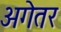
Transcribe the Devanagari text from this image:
अगेतर